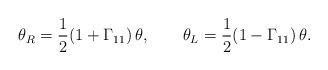
LaTeX: \begin{align*}\theta_R = {1 \over 2} (1 + \Gamma_{11})\,\theta, \qquad \theta_L = {1 \over 2}(1 - \Gamma_{11})\,\theta. \end{align*}